Indian Civil Veterinary Department memoirs
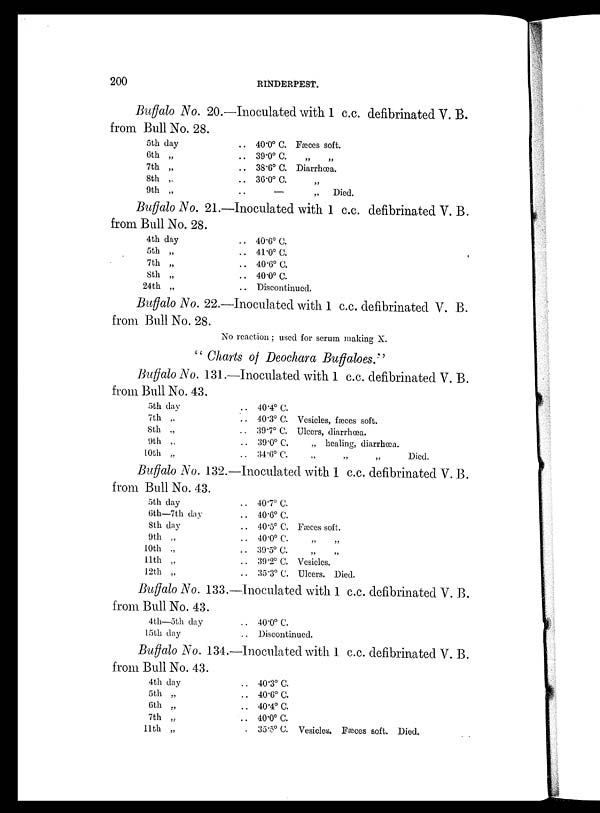
200
RINDERPEST.
Buffalo No. 20.—Inoculated with 1 c.c. defibrinated V. B.
from Bull No. 28.
5th day
6th „
7th „
8th „
9th „
.. 40.0º C. Fæces soft.
.. 39.0º C. „ „
.. 38.6º C. Diarrhœa.
.. 36.0º C. „
.. —
„
Died.
Buffalo No. 21.—Inoculated with 1 c.c. defibrinated V. B.
from Bull No. 28.
4th day
5th „
7th „
8th „
24th „
.. 40.6º C.
.. 41.0º C.
.. 40.6º C.
.. 40.0º C.
.. Discontinued
Buffalo No. 22.—Inoculated with 1 c.c. defibrinated V. B.
from Bull No. 28.
No reaction; used for serum making X.
" Charts of Deochara Buffaloes."
Buffalo No. 131.—Inoculated with 1 c.c. defibrinated V. B.
from Bull No. 43.
5th day
7th „
8th „
9th „
10th „
.. 40.4º C.
.. 40.3º C. Vesicles, fæces soft.
.. 39.7º C. Ulcers, diarrhœa.
.. 39 . 0º C. „ healing, diarrhœa.
.. 34.6º C.
„
„
„
Died.
Buffalo No. 132.—Inoculated with 1 c.c. defibrinated V. B.
from Bull No. 43.
5th day
6th—7th day
8th day
9th „
10th „
11th „
12th „
.. 40.7º C.
.. 40.6º C.
.. 40.5º C. Fæces soft.
.. 40.0º C. „ „ „
.. 39.5º C. „ „
.. 39.2º C. Vesicles.
.. 35.3º C. Ulcers. Died.
Buffalo No. 133.—Inoculated with 1 c.c. defibrinated V. B.
from Bull No. 43.
4th—5th day
15th day
.. 40.0º C.
.. Discontinued.
Buffalo No. 134.—Inoculated with 1 c.c. defibrinated V. B.
from Bull No. 43.
4th day
5th „
6th „
7th „
11th „
.. 40.3º C.
.. 40.6º C.
.. 40.4º C.
.. 40.0º C.
. 35.5º C. Vesicles. Fæces soft. Died.